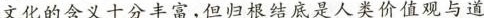
文化的含义十分丰富,但归银结底是人类价值观与道